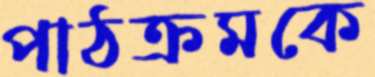
পাঠক্রমকে